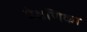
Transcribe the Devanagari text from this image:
प्रेक्षणिका